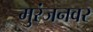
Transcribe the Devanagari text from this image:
मुरंजनवर